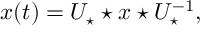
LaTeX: x ( t ) = U _ { \star } \star x \star U _ { \star } ^ { - 1 } ,